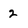
Character: 2